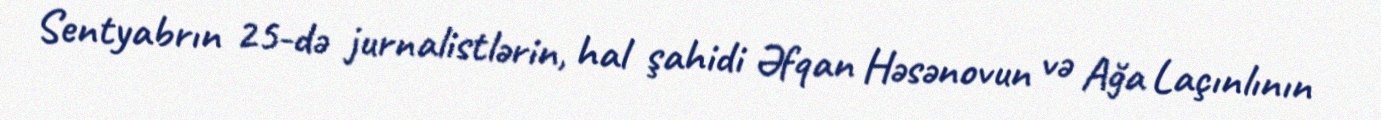
Sentyabrın 25-də jurnalistlərin, hal şahidi Əfqan Həsənovun və Ağa Laçınlının